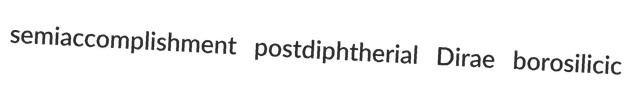
semiaccomplishment postdiphtherial Dirae borosilicic